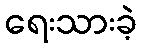
ရေးသားခဲ့